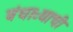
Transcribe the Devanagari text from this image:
बंधाऱ्याची